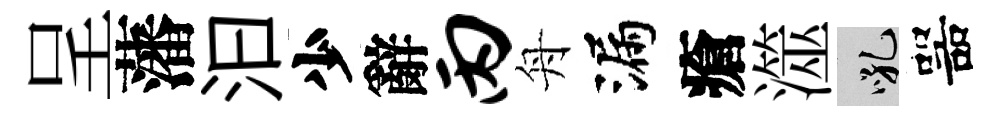
呈藩汩少辭丙舟漏瘡澨吼噐